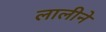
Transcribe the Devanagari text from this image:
लालीने